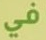
في